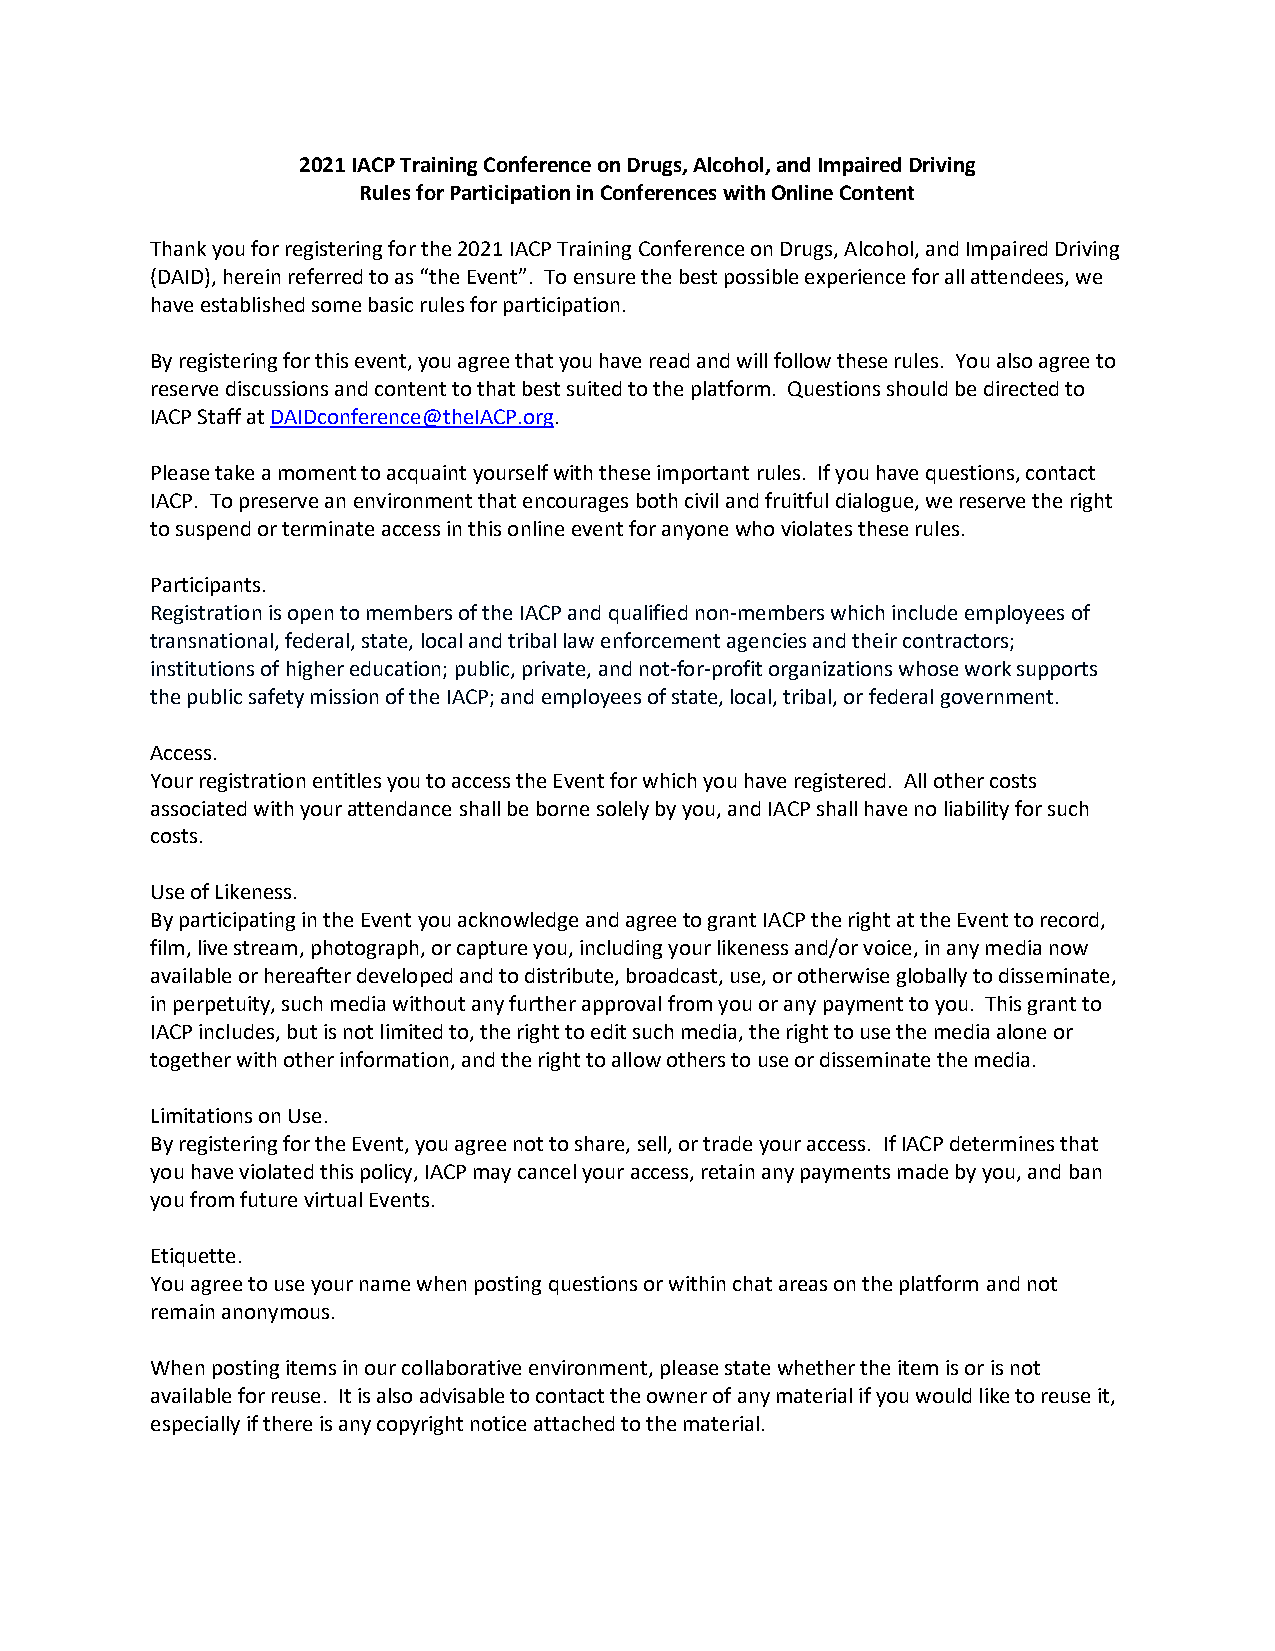
2021 IACP Training Conference on Drugs, Alcohol, and Impaired Driving
 Rules for Participation in Conferences with Online Content
 Thank you for registering for the 2021 IACP Training Conference on Drugs, Alcohol, and Impaired Driving
 (DAID), herein referred to as “the Event”. To ensure the best possible experience for all attendees, we
 have established some basic rules for participation.
 By registering for this event, you agree that you have read and will follow these rules. You also agree to
 reserve discussions and content to that best suited to the platform. Questions should be directed to
 IACP Staff at DAIDconference@theIACP.org.
 Please take a moment to acquaint yourself with these important rules. If you have questions, contact
 IACP. To preserve an environment that encourages both civil and fruitful dialogue, we reserve the right
 to suspend or terminate access in this online event for anyone who violates these rules.
 Participants.
 Registration is open to members of the IACP and qualified non-members which include employees of
 transnational, federal, state, local and tribal law enforcement agencies and their contractors;
 institutions of higher education; public, private, and not-for-profit organizations whose work supports
 the public safety mission of the IACP; and employees of state, local, tribal, or federal government.
 Access.
 Your registration entitles you to access the Event for which you have registered. All other costs
 associated with your attendance shall be borne solely by you, and IACP shall have no liability for such
 costs.
 Use of Likeness.
 By participating in the Event you acknowledge and agree to grant IACP the right at the Event to record,
 film, live stream, photograph, or capture you, including your likeness and/or voice, in any media now
 available or hereafter developed and to distribute, broadcast, use, or otherwise globally to disseminate,
 in perpetuity, such media without any further approval from you or any payment to you. This grant to
 IACP includes, but is not limited to, the right to edit such media, the right to use the media alone or
 together with other information, and the right to allow others to use or disseminate the media.
 Limitations on Use.
 By registering for the Event, you agree not to share, sell, or trade your access. If IACP determines that
 you have violated this policy, IACP may cancel your access, retain any payments made by you, and ban
 you from future virtual Events.
 Etiquette.
 You agree to use your name when posting questions or within chat areas on the platform and not
 remain anonymous.
 When posting items in our collaborative environment, please state whether the item is or is not
 available for reuse. It is also advisable to contact the owner of any material if you would like to reuse it,
 especially if there is any copyright notice attached to the material.